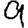
Digit: 9